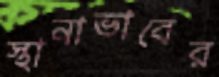
স্থানাভাবের